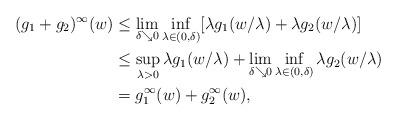
LaTeX: \begin{align*}(g_1+g_2)^\infty(w) &\le \lim_{\delta\searrow 0}\inf_{\lambda\in(0,\delta)}[\lambda g_1(w/\lambda) + \lambda g_2(w/\lambda)]\\&\le \sup_{\lambda>0}\lambda g_1(w/\lambda) + \lim_{\delta\searrow 0}\inf_{\lambda\in(0,\delta)}\lambda g_2(w/\lambda)\\&=g_1^\infty(w) + g_2^\infty(w),\end{align*}